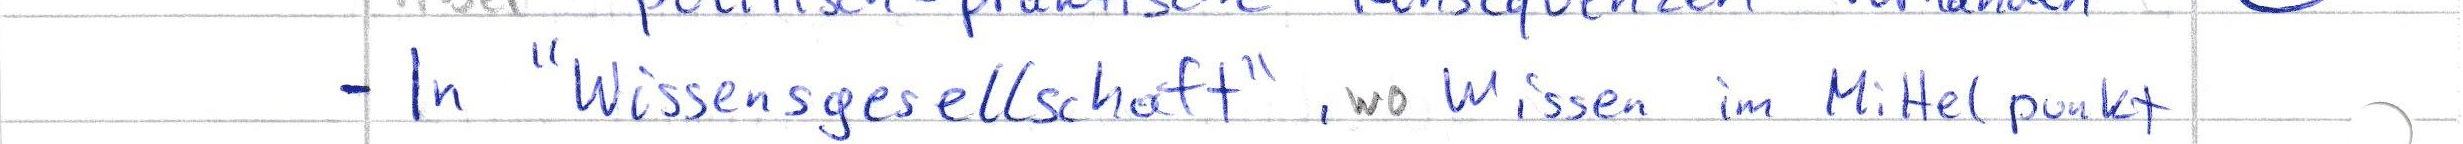
- In "Wissensgesellschaft", wo Wissen im Mittelpunkt